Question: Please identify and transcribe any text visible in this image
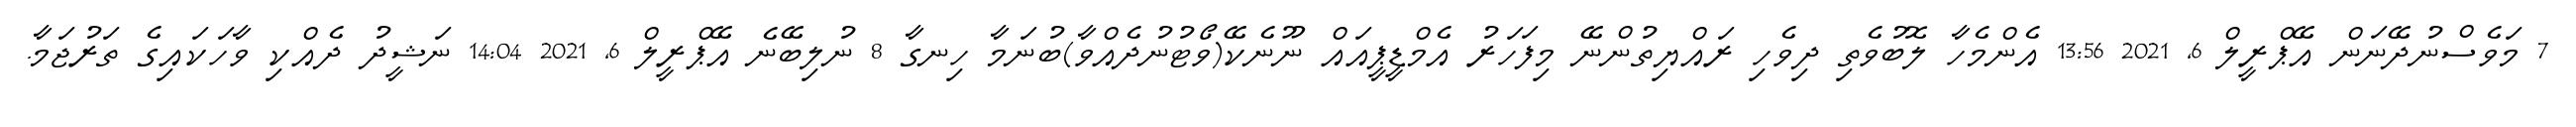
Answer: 7 މަވެސްނުދޭނަން އޭޕްރީލް 6, 2021 13:56 އެންމެހާ ލޮބުވެތި ދިވެހި ރައްޔިތުންނޭ މިފަހަރު އެމްޑީޕީއައް ނޫނެކޭ(ވޯޓުނުދެއްވާ)ބުނަމާ ހިނގާ 8 ނުލިބޭނެ އޭޕްރީލް 6, 2021 14:04 ނަޝީދު ދެއްކި ވާހަކައިގެ ތަރުޖަމާ.